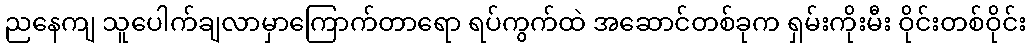
ညနေကျ သူပေါက်ချလာမှာကြောက်တာရော ရပ်ကွက်ထဲ အဆောင်တစ်ခုက ရှမ်းကိုးမီး ဝိုင်းတစ်ဝိုင်း